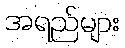
အရည်များ